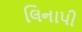
લિનાપી